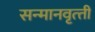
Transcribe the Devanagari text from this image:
सन्‍मानवृत्‍ती